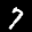
Label: 7